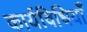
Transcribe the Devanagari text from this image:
कार्यविधियाँ